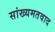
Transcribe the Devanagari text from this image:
सांख्यमतवाद